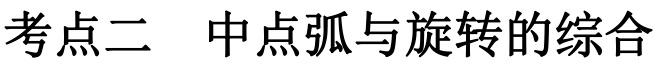
考点二 中点弧与旋转的综合